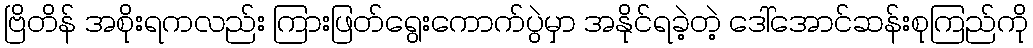
ဗြိတိန် အစိုးရကလည်း ကြားဖြတ်ရွေးကောက်ပွဲမှာ အနိုင်ရခဲ့တဲ့ ဒေါ်အောင်ဆန်းစုကြည်ကို